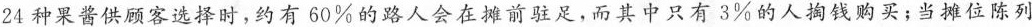
24种果酱供顾客选择时，约有60\%的路人会在摊前驻足，而其中只有3\%的人掏钱购买；当摊位陈列